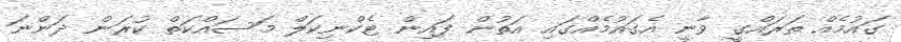
ގައުމެެއް ތަރައްގީ ވާނީ އެގައުމެއްގައި އަތުން ފައިން ޓެކްނިކަލް މަަސައްކަތް ކުރަން ދަންނަ